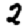
Digit: 2